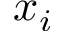
x _ { i }